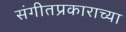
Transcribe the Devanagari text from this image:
संगीतप्रकाराच्या